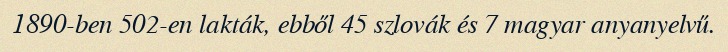
1890-ben 502-en lakták, ebből 45 szlovák és 7 magyar anyanyelvű.